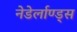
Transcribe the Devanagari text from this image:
नेडेर्लाण्ड्स